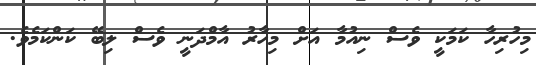
މިހުރިހާ ކަމަކީ ވެސް ނިއުމާ އަށް މިހާރު އާމްދަނީ ވެސް ލިބޭ ކަންކަމެވެ.